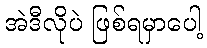
အဲဒီလိုပဲ ဖြစ်ရမှာပေါ့